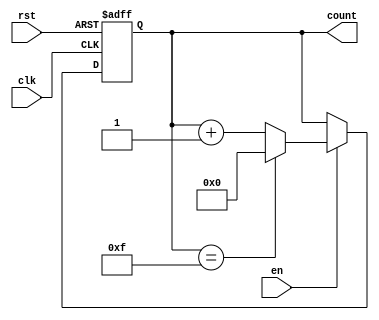
module multi_bit_counter #(
    parameter N = 4 // Parameter for the bit width
) (
    input wire clk,    // Clock input
    input wire rst,    // Asynchronous reset
    input wire en,     // Enable signal
    output reg [N-1:0] count // Current count value
);

    // Maximum count value based on bit width
    localparam MAX_COUNT = (1 << N) - 1; // 2^N - 1

    // Always block for counter behavior
    always @(posedge clk or posedge rst) begin
        if (rst) begin
            count <= 0; // Reset counter to 0
        end else if (en) begin
            if (count == MAX_COUNT) begin
                count <= 0; // Wrap around to 0
            end else begin
                count <= count + 1; // Increment counter
            end
        end
        // If enable is low, retain current value (hold behavior)
    end

endmodule